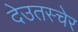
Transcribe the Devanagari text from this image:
देउतस्चेर